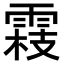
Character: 𬯾